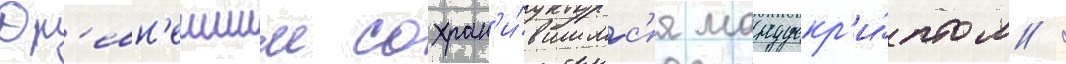
Др'евн'еишим сохран'и́вшимс'я манускр'и́птом /